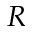
R